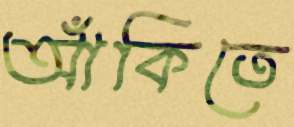
আঁকিতে